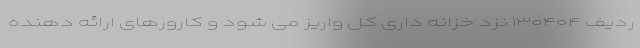
ردیف ۱۳۰۴۰۴ نزد خزانه داری کل واریز می شود و کارورهای ارائه دهنده